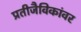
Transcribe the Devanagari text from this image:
प्रतीजैविकांवर